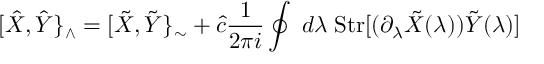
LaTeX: [ \hat { X } , \hat { Y } \} _ { \wedge } = [ \tilde { X } , \tilde { Y } \} _ { \sim } + \hat { c } \frac { 1 } { 2 \pi i } \oint \; d \lambda \; \mathrm { S t r } [ ( \partial _ { \lambda } \tilde { X } ( \lambda ) ) \tilde { Y } ( \lambda ) ]